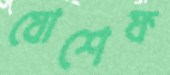
যোশেফ